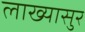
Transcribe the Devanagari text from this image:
लाख्यासुर